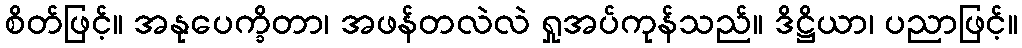
စိတ်ဖြင့်။ အနုပေက္ခိတာ၊ အဖန်တလဲလဲ ရှုအပ်ကုန်သည်။ ဒိဋ္ဌိယာ၊ ပညာဖြင့်။